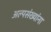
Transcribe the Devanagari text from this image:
अल्पसंख्यांना